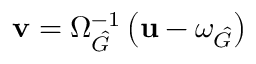
\mathbf { v } = \Omega _ { \hat { G } } ^ { - 1 } \left( \mathbf { u } - \omega _ { \hat { G } } \right)